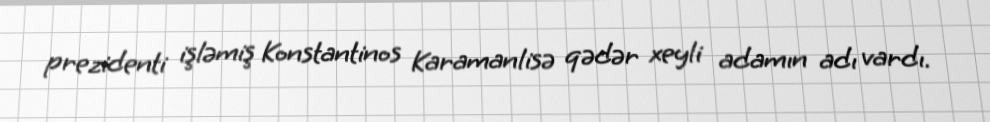
prezidenti işləmiş Konstantinos Karamanlisə qədər xeyli adamın adı vardı.